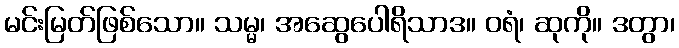
မင်းမြတ်ဖြစ်သော။ သမ္မ၊ အဆွေပေါရိသာဒ။ ဝရံ၊ ဆုကို။ ဒတွာ၊